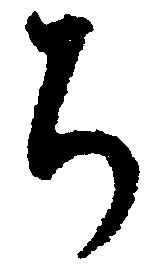
ち